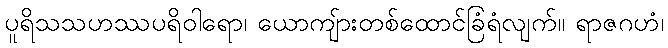
ပူရိသသဟဿပရိဝါရော၊ ယောကျ်ားတစ်ထောင်ခြံရံလျက်။ ရာဇဂဟံ၊